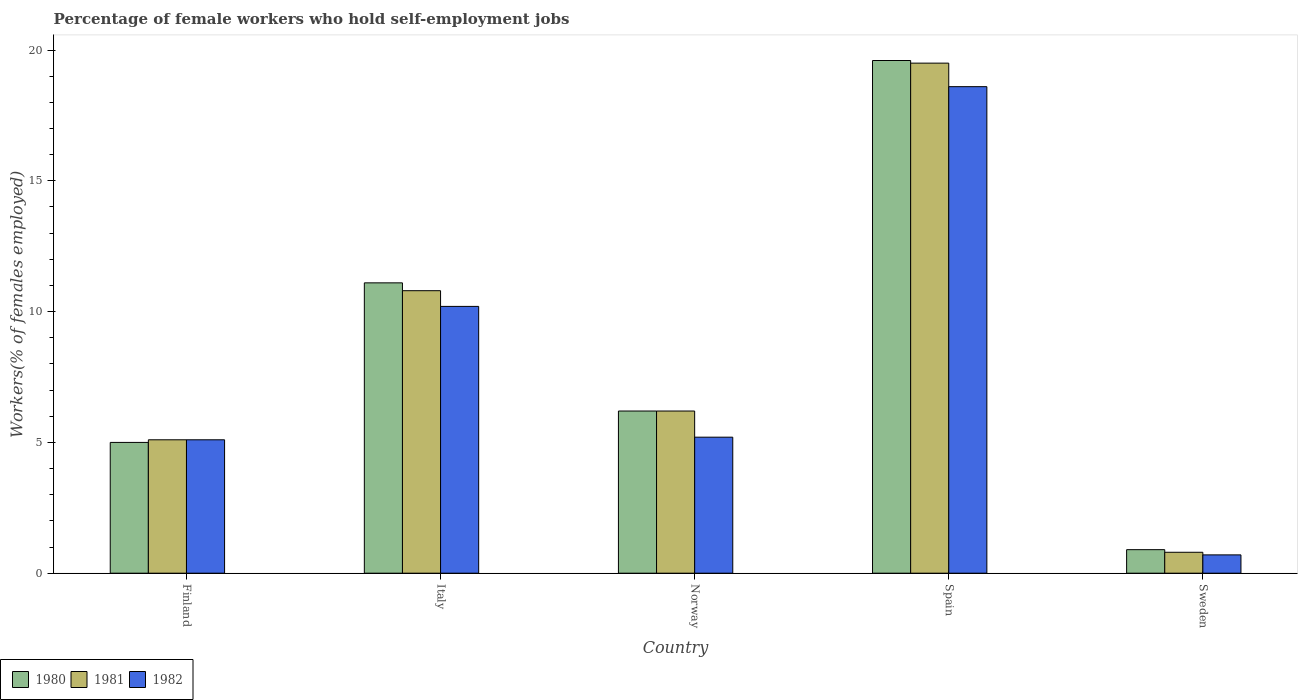
| Country | 1980 | 1981 | 1982 |
 | --- | --- | --- | --- |
 | Finland | 5 | 5.1 | 5.1 |
 | Italy | 11.1 | 10.8 | 10.2 |
 | Norway | 6.2 | 6.2 | 5.2 |
 | Spain | 19.6 | 19.5 | 18.6 |
 | Sweden | 0.9 | 0.8 | 0.7 |